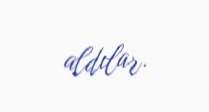
aldılar.